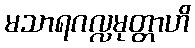
မသာရဂလ္လမုတ္တာဟိ